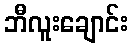
ဘီလူးချောင်း